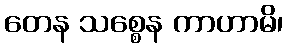
တေန သစ္စေန ကာဟာမိ၊